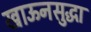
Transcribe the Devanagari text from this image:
खाऊनसुद्धा